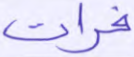
فرات